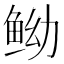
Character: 𱇤